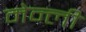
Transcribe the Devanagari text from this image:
मेन्ली